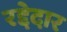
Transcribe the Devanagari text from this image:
रद्देदार